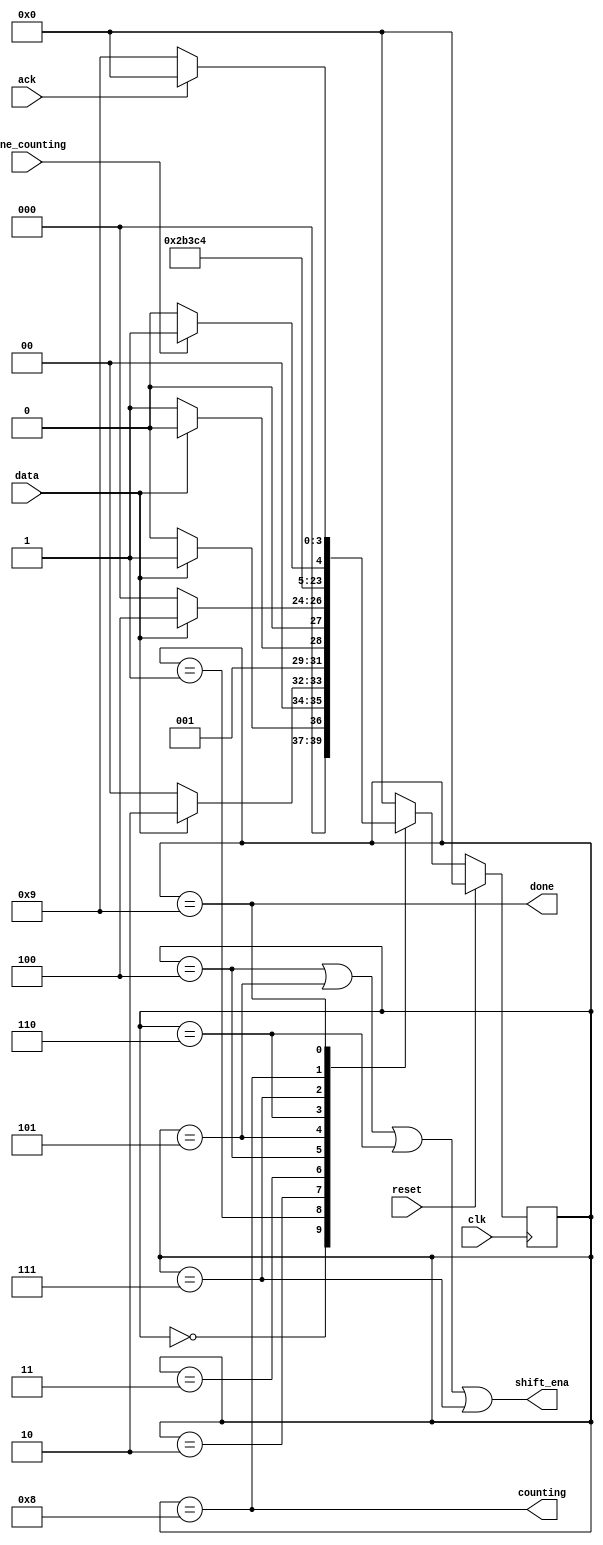
module top_module (
    input clk,
    input reset,      // Synchronous reset
    input data,
    output shift_ena,
    output counting,
    input done_counting,
    output done,
    input ack );
    
    parameter [3:0] S0 = 4'b0000,
    				S1 = 4'b0001,
    				S2 = 4'b0010,
    				S3 = 4'b0011,
    				B0 = 4'b0100,
    				B1 = 4'b0101,
    				B2 = 4'b0110,
    				B3 = 4'b0111,
    				COUNT = 4'b1000,
    				WAIT = 4'b1001;
    
    reg [3:0] state, next_state;
    
    always @ (*)
        begin
            case(state)
                S0: next_state <= (data) ? S1 : S0;
                S1: next_state <= (data) ? S2 : S0;
                S2: next_state <= (data) ? S2 : S3;
                S3: next_state <= (data) ? B0 : S0;
                B0: next_state <= B1;
                B1: next_state <= B2;
                B2: next_state <= B3;
                B3: next_state <= COUNT;
                COUNT: next_state <= (done_counting) ? WAIT : COUNT;
                WAIT: next_state <= (ack) ? S0 : WAIT;
                default next_state <= S0;
            endcase
        end
    
    always @ (posedge clk)
        begin
            if (reset)
                state <= S0;
            else
                state <= next_state;
        end
    
    assign shift_ena = (state == B0)||(state == B1)||(state == B2)||(state == B3);
    assign counting = (state == COUNT);
    assign done = (state == WAIT);

endmodule